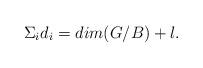
LaTeX: \begin{align*}\Sigma_i d_i = dim(G/B) + l.\end{align*}